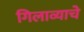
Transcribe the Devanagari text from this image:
गिलाव्याचे